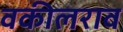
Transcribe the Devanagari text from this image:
वकीलराव